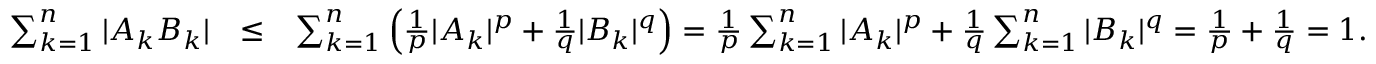
\begin{array} { r l r } { \sum _ { k = 1 } ^ { n } | A _ { k } B _ { k } | } & { \leq } & { \sum _ { k = 1 } ^ { n } \Big ( \frac { 1 } { p } | A _ { k } | ^ { p } + \frac { 1 } { q } | B _ { k } | ^ { q } \Big ) = \frac { 1 } { p } \sum _ { k = 1 } ^ { n } | A _ { k } | ^ { p } + \frac { 1 } { q } \sum _ { k = 1 } ^ { n } | B _ { k } | ^ { q } = \frac { 1 } { p } + \frac { 1 } { q } = 1 . } \end{array}